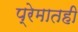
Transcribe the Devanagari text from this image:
प्रेमातही